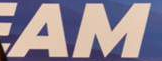
AM